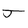
Character: J